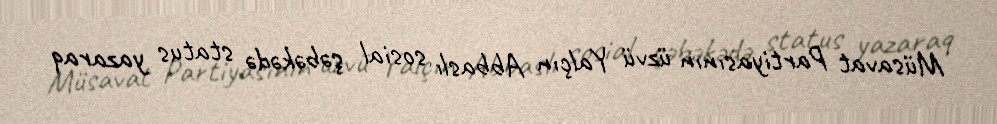
Müsavat Partiyasının üzvü Yalçın Abbaslı sosial şəbəkədə status yazaraq